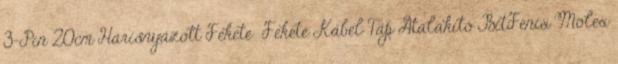
3-Pin 20cm Harisnyázott Fekete Fekete Kábel Táp Átalakító BitFenix Molex